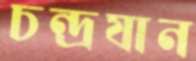
চন্দ্রযান